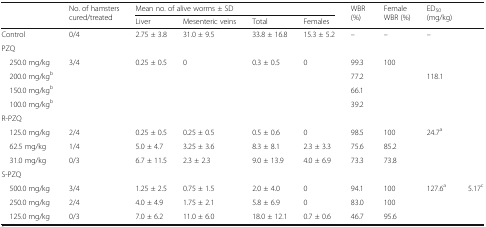
<table><thead><tr><td rowspan="2"></td><td rowspan="2"><b>No. of hamsters cured/treated</b></td><td colspan="4"><b>Mean no. of alive worms ± SD</b></td><td rowspan="2"><b>WBR (%)</b></td><td rowspan="2"><b>Female WBR (%)</b></td><td rowspan="2"><b>ED<sub>50</sub> (mg/kg)</b></td><td rowspan="2"></td></tr><tr><td><b>Liver</b></td><td><b>Mesenteric veins</b></td><td><b>Total</b></td><td><b>Females</b></td></tr></thead><tbody><tr><td>Control</td><td>0/4</td><td>2.75 ± 3.8</td><td>31.0 ± 9.5</td><td>33.8 ± 16.8</td><td>15.3 ± 5.2</td><td>–</td><td>–</td><td>–</td><td></td></tr><tr><td colspan="10">PZQ</td></tr><tr><td> 250.0 mg/kg</td><td>3/4</td><td>0.25 ± 0.5</td><td>0</td><td>0.3 ± 0.5</td><td>0</td><td>99.3</td><td>100</td><td></td><td rowspan="4"></td></tr><tr><td> 200.0 mg/kg<sup>b</sup></td><td></td><td></td><td></td><td></td><td></td><td>77.2</td><td></td><td rowspan="3">118.1</td></tr><tr><td> 150.0 mg/kg<sup>b</sup></td><td></td><td></td><td></td><td></td><td></td><td>66.1</td><td></td></tr><tr><td> 100.0 mg/kg<sup>b</sup></td><td></td><td></td><td></td><td></td><td></td><td>39.2</td><td></td></tr><tr><td colspan="10">R-PZQ</td></tr><tr><td> 125.0 mg/kg</td><td>2/4</td><td>0.25 ± 0.5</td><td>0.25 ± 0.5</td><td>0.5 ± 0.6</td><td>0</td><td>98.5</td><td>100</td><td rowspan="3">24.7<sup>a</sup></td><td rowspan="3"></td></tr><tr><td> 62.5 mg/kg</td><td>1/4</td><td>5.0 ± 4.7</td><td>3.25 ± 3.6</td><td>8.3 ± 8.1</td><td>2.3 ± 3.3</td><td>75.6</td><td>85.2</td></tr><tr><td> 31.0 mg/kg</td><td>0/3</td><td>6.7 ± 11.5</td><td>2.3 ± 2.3</td><td>9.0 ± 13.9</td><td>4.0 ± 6.9</td><td>73.3</td><td>73.8</td></tr><tr><td colspan="10">S-PZQ</td></tr><tr><td> 500.0 mg/kg</td><td>3/4</td><td>1.25 ± 2.5</td><td>0.75 ± 1.5</td><td>2.0 ± 4.0</td><td>0</td><td>94.1</td><td>100</td><td rowspan="3">127.6<sup>a</sup></td><td rowspan="3">5.17<sup>c</sup></td></tr><tr><td> 250.0 mg/kg</td><td>2/4</td><td>4.0 ± 4.9</td><td>1.75 ± 2.1</td><td>5.8 ± 6.9</td><td>0</td><td>83.0</td><td>100</td></tr><tr><td> 125.0 mg/kg</td><td>0/3</td><td>7.0 ± 6.2</td><td>11.0 ± 6.0</td><td>18.0 ± 12.1</td><td>0.7 ± 0.6</td><td>46.7</td><td>95.6</td></tr></tbody></table>